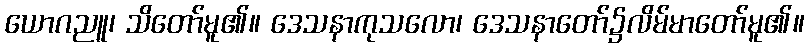
ယောဂညူ၊ သိတော်မူ၏။ ဒေသနာကုသလော၊ ဒေသနာတော်၌လိမ်မာတော်မူ၏။